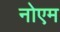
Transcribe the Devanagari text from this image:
नोएम